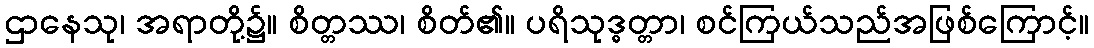
ဌာနေသု၊ အရာတို့၌။ စိတ္တဿ၊ စိတ်၏။ ပရိသုဒ္ဓတ္တာ၊ စင်ကြယ်သည်အဖြစ်ကြောင့်။